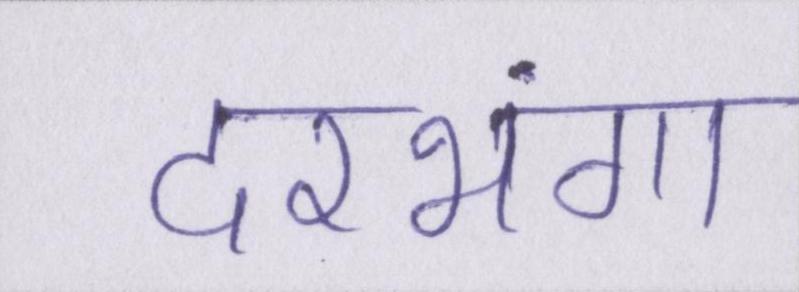
दरभंगा